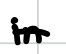
Text: in
Cross-out: single-line
Writing tool: digital_black